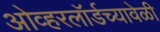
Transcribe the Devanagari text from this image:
ओव्हरलॉर्डच्यावेळी